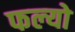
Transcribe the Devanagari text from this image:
फल्‍यो